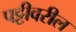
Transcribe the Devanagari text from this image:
पट्टीवरील